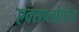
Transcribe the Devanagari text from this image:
एक्सप्लोएटेड